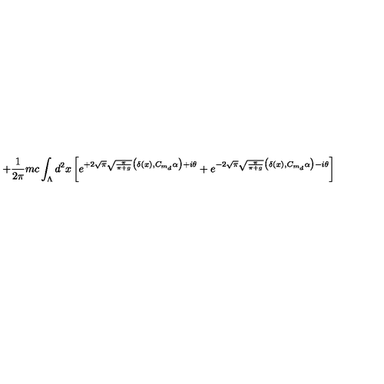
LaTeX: + \frac { 1 } { 2 \pi } m c \int _ { \Lambda } d ^ { 2 } x \left[ e ^ { + 2 \sqrt { \pi } \sqrt { \frac { \pi } { \pi + g } } \big ( \delta ( x ) , C _ { m _ { d } } \alpha \big ) + i \theta } + e ^ { - 2 \sqrt { \pi } \sqrt { \frac { \pi } { \pi + g } } \big ( \delta ( x ) , C _ { m _ { d } } \alpha \big ) - i \theta } \right]